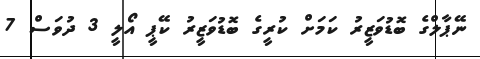
ނޭޕާލްގެ ބޮޑުވަޒީރު ކަމަށް ކުރީގެ ބޮޑުވަޒީރު ކޭޕީ އޯލީ 3 ދުވަސް 7